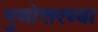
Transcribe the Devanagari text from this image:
गुणोत्तरच्या